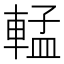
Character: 𬧷